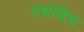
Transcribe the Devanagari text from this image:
पंचोद्रिय